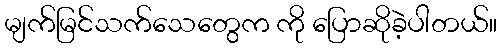
မျက်မြင်သက်သေတွေက ကို ပြောဆိုခဲ့ပါတယ်။